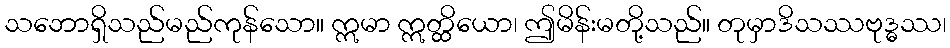
သဘောရှိသည်မည်ကုန်သော။ ဣမာ ဣတ္ထိယော၊ ဤမိန်းမတို့သည်။ တုမှာဒိသဿဗုဒ္ဓဿ၊